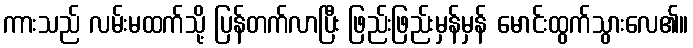
ကားသည် လမ်းမထက်သို့ ပြန်တက်လာပြီး ဖြည်းဖြည်းမှန်မှန် မောင်းထွက်သွားလေ၏။